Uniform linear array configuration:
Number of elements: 24
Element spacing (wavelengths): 0.25
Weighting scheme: exponential
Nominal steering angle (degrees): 60
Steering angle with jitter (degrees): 60.264
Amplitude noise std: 0.05
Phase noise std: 0.05

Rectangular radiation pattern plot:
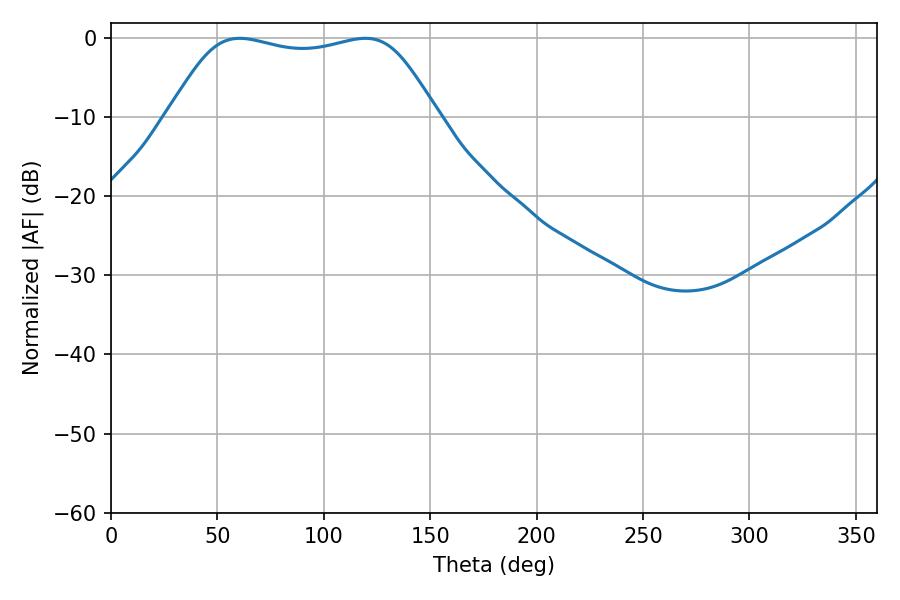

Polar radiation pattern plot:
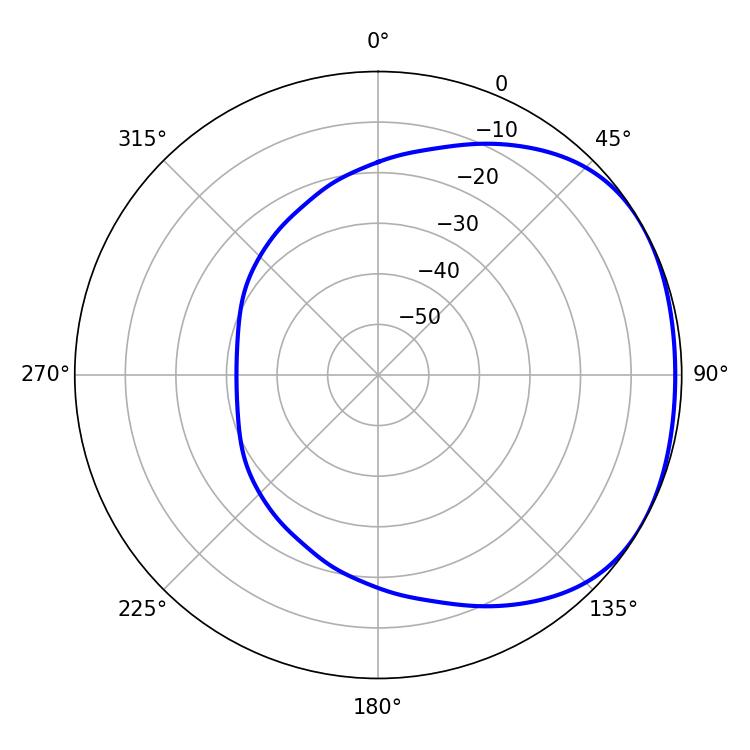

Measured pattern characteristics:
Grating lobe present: FALSE
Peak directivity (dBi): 1.672
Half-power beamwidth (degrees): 96.48
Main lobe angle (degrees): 60.48